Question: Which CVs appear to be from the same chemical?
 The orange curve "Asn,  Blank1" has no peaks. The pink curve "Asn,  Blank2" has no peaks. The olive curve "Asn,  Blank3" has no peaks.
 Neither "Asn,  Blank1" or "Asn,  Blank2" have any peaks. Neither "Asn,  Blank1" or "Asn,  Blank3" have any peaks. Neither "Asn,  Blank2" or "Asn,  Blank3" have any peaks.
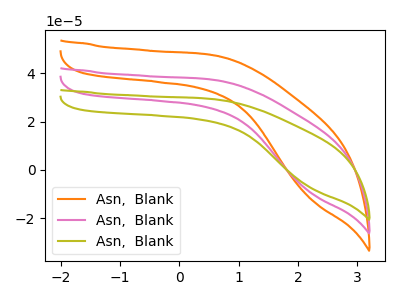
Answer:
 <answer>"Asn,  Blank3", "Asn,  Blank1" and "Asn,  Blank2" have the same shape and are likely CV's of the same chemical.</answer>
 <eval>"Asn,  Blank3" "Asn,  Blank1" "Asn,  Blank2"</eval>